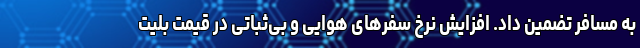
به مسافر تضمین داد. افزایش نرخ سفرهای هوایی و بی‌ثباتی در قیمت بلیت